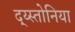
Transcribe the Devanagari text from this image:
द्य्स्तोनिया